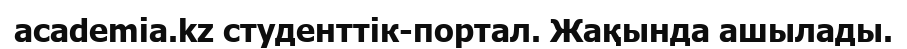
academia.kz студенттік-портал. Жақында ашылады.